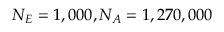
N _ { E } = 1 , 0 0 0 , N _ { A } = 1 , 2 7 0 , 0 0 0